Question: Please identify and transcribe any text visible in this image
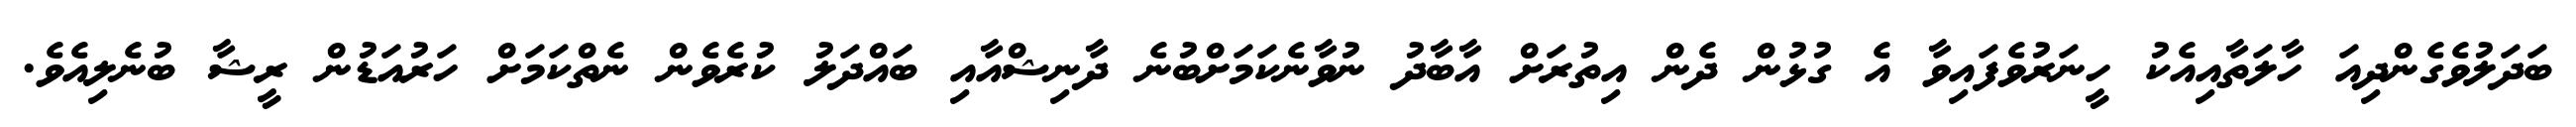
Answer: ބަދަލުވެގެންދިއަ ހާލަތާއިއެކު ހީނަރުވެފައިވާ އެ ގުޅުން ދެން އިތުރަށް އާބާދު ނުވާނެކަމަށްބުނެ ދާނިޝްއާއި ބައްދަލު ކުރެވެން ނެތްކަމަށް ހަރުއަޑުން ރީޝާ ބުނެލިއެވެ.